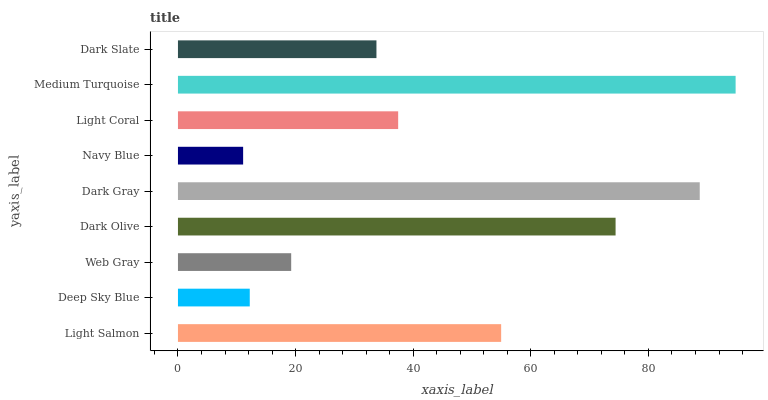
| yaxis_label | bars |
 | --- | --- |
 | Light Salmon | 55 |
 | Deep Sky Blue | 12.2 |
 | Web Gray | 19.3 |
 | Dark Olive | 74.4 |
 | Dark Gray | 88.7 |
 | Navy Blue | 11.1 |
 | Light Coral | 37.4 |
 | Medium Turquoise | 94.8 |
 | Dark Slate | 33.8 |